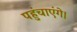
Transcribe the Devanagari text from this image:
पहुंचाएंगे।